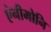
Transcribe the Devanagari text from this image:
ऐनीमोनि